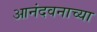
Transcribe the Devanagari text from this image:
आनंदवनाच्या